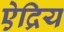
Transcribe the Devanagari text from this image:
ऐद्रिय